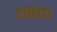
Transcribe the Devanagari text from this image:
वानवडा